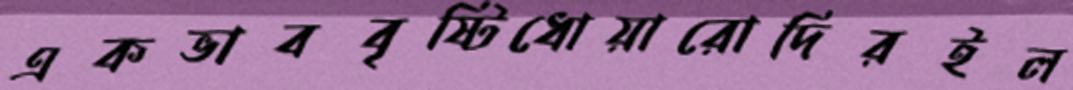
একভাববৃষ্টিধোয়ারোদিরইল